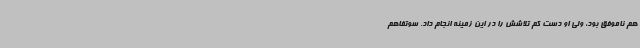
هم ناموفق بود، ولی او دست‌ کم تلاشش را در این زمینه انجام داد. سوتفاهم